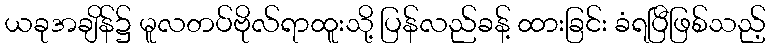
ယခုအချိန်၌ မူလတပ်ဗိုလ်ရာထူးသို့ ပြန်လည်ခန့် ထားခြင်း ခံရပြီဖြစ်သည့်